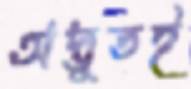
অদ্ভুতই